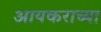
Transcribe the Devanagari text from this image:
आयकराच्या